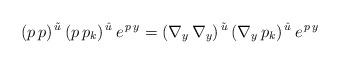
LaTeX: \begin{align*}(p\,p)^{\,\tilde u}\,(p\,p_{k})^{\,\hat u}\,e^{\,p\,y}=(\nabla_{y}\,\nabla_{y})^{\,\tilde u}\,(\nabla_{y}\,p_{k})^{\,\hat u}\,e^{\,p\,y}\end{align*}